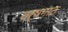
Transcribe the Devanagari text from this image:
वर्षगाठ